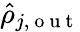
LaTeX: \hat{\rho}_{j,\mathrm{~o~u~t~}}